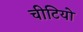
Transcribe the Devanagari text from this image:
चीटियो